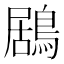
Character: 鶋